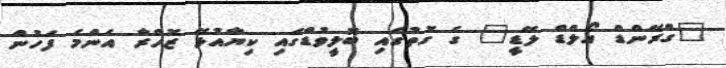
"ގްރޭންޑް އޯލްޑް ލޭޑީ" ގެ ގޮތުގައި ބޮލީވުޑްގައި ކިޔާއުޅޭ ޒޮހްރާ އެންމެ ފަހުން